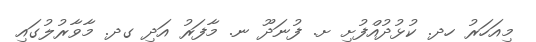
މިއަހަރު ހދ. ކުޅުދުއްފުށި ށ. ފުނަދޫ ނ. މާފަރު އަދި ގދ. މާވާރުލުގައި